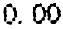
0.00